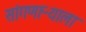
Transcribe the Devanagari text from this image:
सांगणाऱ्याला